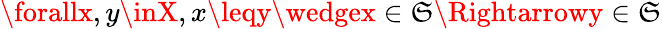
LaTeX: \forallx,y\inX,x\leqy\wedgex\in\mathfrak{S}\Rightarrowy\in\mathfrak{S}